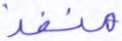
منفذ